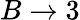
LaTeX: B\rightarrow 3